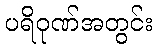
ပရိဝုဏ်အတွင်း